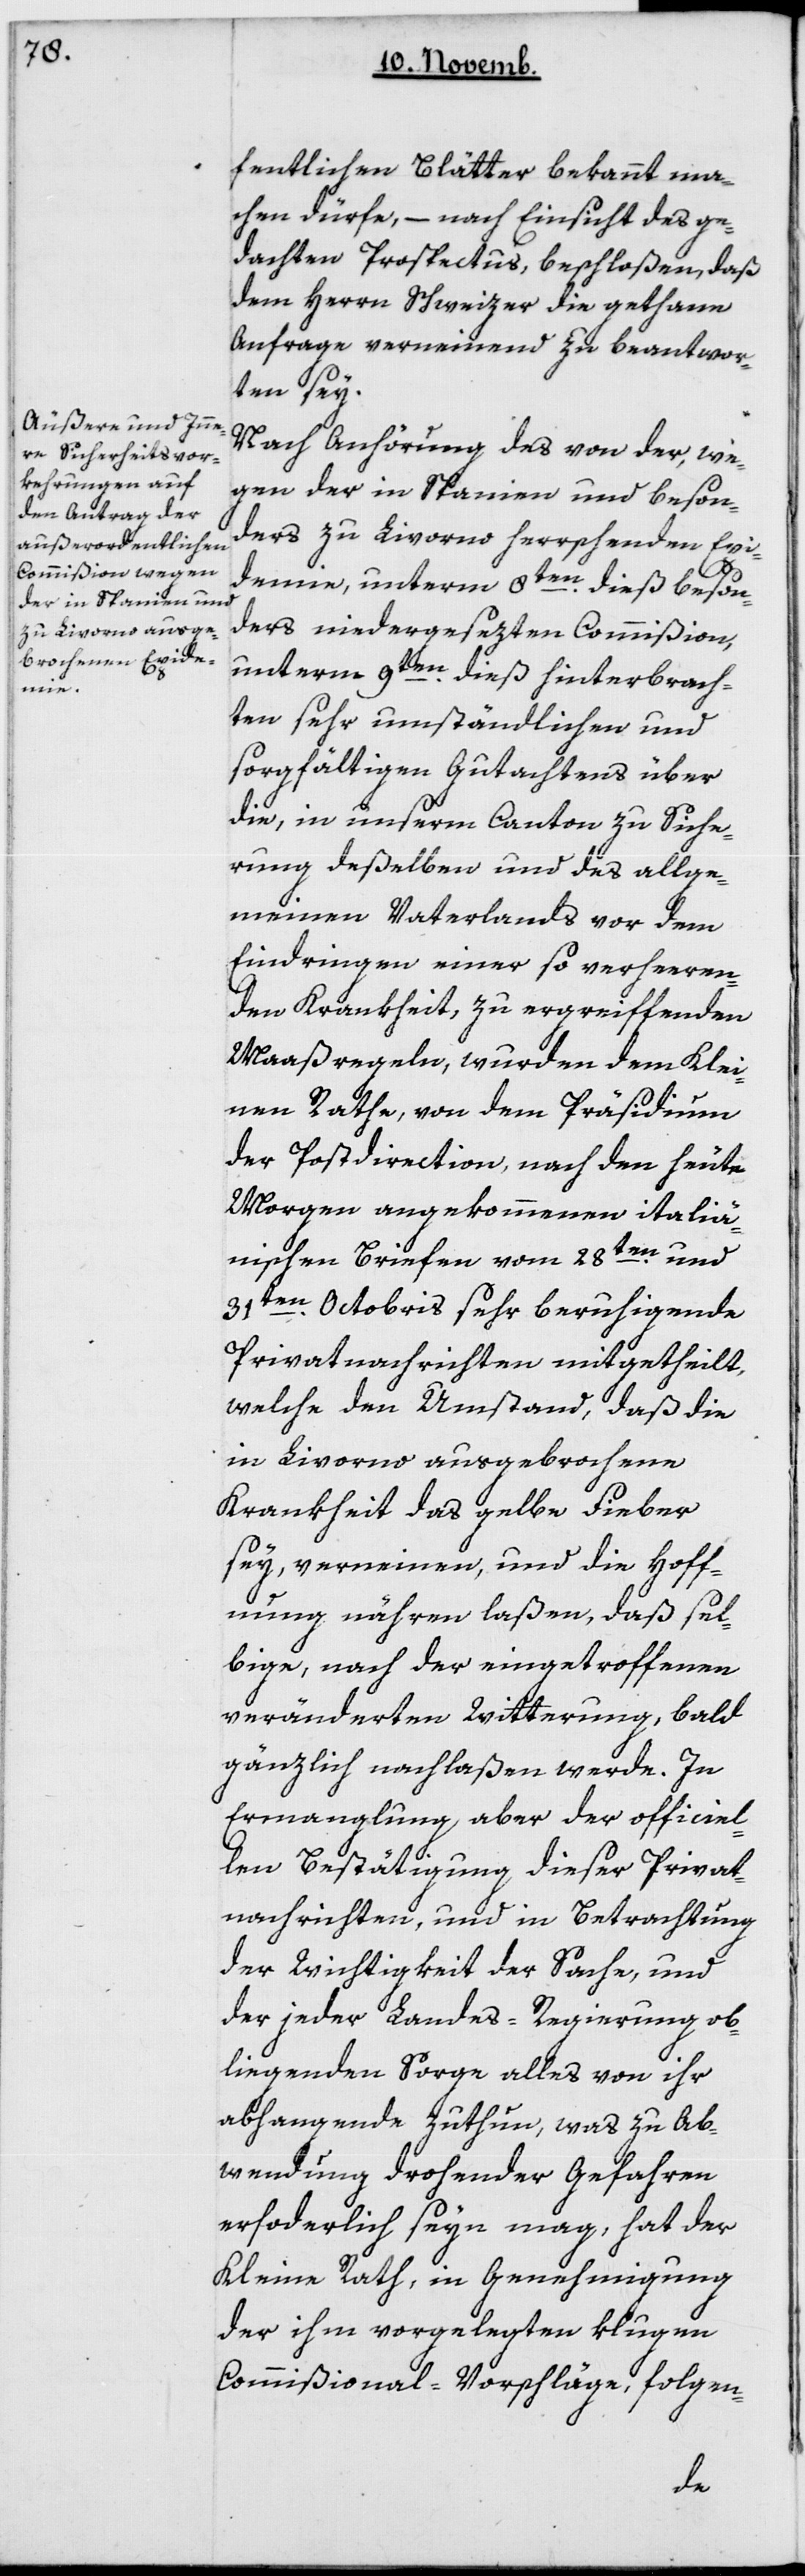
fentlichen Blätter bekannt ma¬
chen dürfe, – nach Einsicht des ge¬
dachten Prospectus, beschloßen, daß
dem Herrn Schweizer die gethane
Anfrage verneinend zu beantwor¬
ten sey.
Nach Anhörung des von der, we¬
gen der in Spanien und beson¬
ders zu Livorno herrschenden Epi¬
demie, unterm 8ten dieß beson¬
ders niedergesetzten Commißion,
unterm 9ten dieß hinterbrach¬
ten sehr umständlichen und
sorgfältigen Gutachtens über
die, in unserm Canton zu Siche¬
rung deßelben und des allge¬
meinen Vaterlands vor dem
Eindringen einer so verheeren¬
den Krankheit zu ergreiffenden
Maaßregeln, wurden dem Klei¬
nen Rathe, von dem Präsidium
der Postdirection, nach den heute
Morgen angekommenen italie¬
nischen Briefen vom 28ten und
31ten Octobris sehr beruhigende
Privatnachrichten mitgetheilt,
welche den Umstand, daß die
in Livorno ausgebrochene
Krankheit das Gelbe Fieber
sey, verneinen, und die Hoff¬
nung nähren laßen, daß sel¬
bige, nach der eingetroffenen
veränderten Witterung, bald
gänzlich nachlaßen werde. In
Ermanglung aber der officiel¬
len Bestätigung dieser Privat¬
nachrichten und in Betrachtung
der Wichtigkeit der Sache, und
der jeder Landesregierung ob¬
liegenden Sorge alles von ihr
abhangende zu thun, was zu Ab¬
wendung drohender Gefahren
erforderlich seyn mag, hat der
Kleine Rath, in Genehmigung
der ihm vorgelegten klugen
Commißional-Vorschläge, folgen-